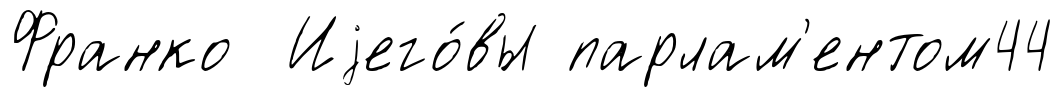
Франко Иjего́вы парлам'ентом44